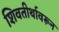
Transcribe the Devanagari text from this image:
शिवतीर्थावरून